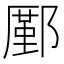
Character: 𨞋